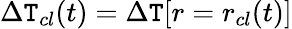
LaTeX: \Delta\mathtt{T}_{cl}(t)=\Delta\mathtt{T}[r=r_{cl}(t)]